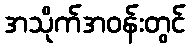
အသိုက်အဝန်းတွင်